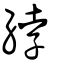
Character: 綍